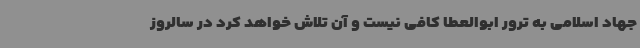
جهاد اسلامی به ترور ابوالعطا کافی نیست و آن تلاش خواهد کرد در سالروز